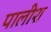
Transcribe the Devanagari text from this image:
पालीश